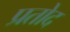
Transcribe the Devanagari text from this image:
प्रतोद